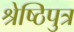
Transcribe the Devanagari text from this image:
श्रेष्ठिपुत्र